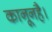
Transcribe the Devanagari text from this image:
कानूनहै।